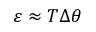
\varepsilon \approx T \Delta \theta